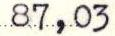
87,03